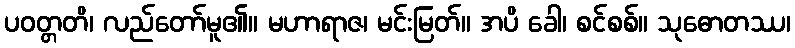
ပဝတ္တတိ၊ လည်တော်မူ၏။ မဟာရာဇ၊ မင်းမြတ်။ အပိ ခေါ၊ စင်စစ်။ သုဓောတဿ၊